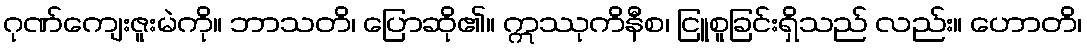
ဂုဏ်ကျေးဇူးမဲကို။ ဘာသတိ၊ ပြောဆို၏။ ဣဿုကိနီစ၊ ငြူစူခြင်းရှိသည် လည်း။ ဟောတိ၊